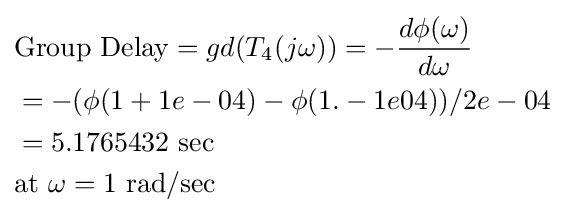
{\begin{aligned}&{\text{Group Delay}}=gd(T_{4}(j\omega ))=-{\frac {d\phi (\omega )}{d\omega }}\\&=-(\phi (1+1e-04)-\phi (1.-1e04))/2e-04\\&=5.1765432{\text{ sec}}\\&{\text{at }}\omega =1{\text{ rad/sec}}\end{aligned}}